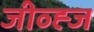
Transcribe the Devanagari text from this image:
जीव्ह्ज